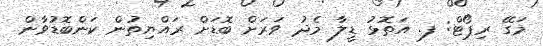
މަގޭ ރިޕޯޓް: ފ. އަތޮޅު ޑީލާ މެދު ވަރަށް ބޮޑަށް ރައްޔިތުން ކަންބޮޑުވާން